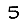
Digit: 5